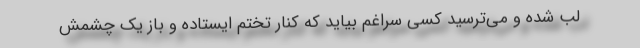
لب شده و می‌ترسید کسی سراغم بیاید که کنار تختم ایستاده و باز یک چشمش